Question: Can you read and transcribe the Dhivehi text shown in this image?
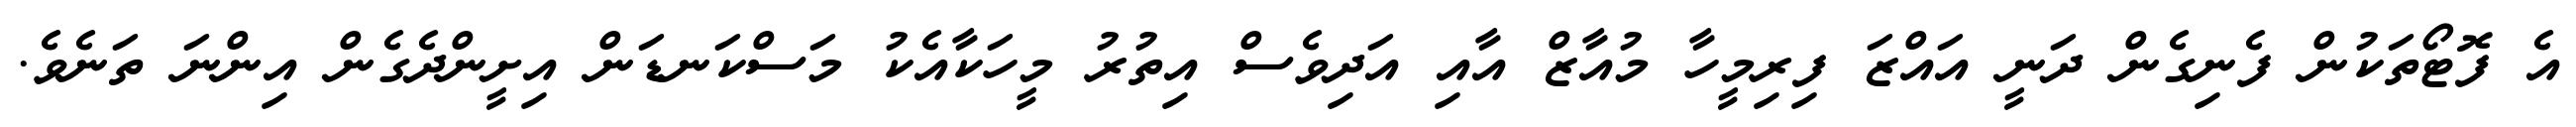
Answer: އެ ފޮޓޯތަކުން ފެނިގެން ދަނީ އައްޒަ ފިރިމީހާ މުއާޒް އާއި އަދިވެސް އިތުރު މީހަކާއެކު މަސްކަނޑަން އިށީންދެގެން އިންނަ ތަނެވެ.